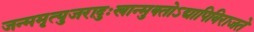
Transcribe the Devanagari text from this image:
जन्ममृत्युजरादुःखान्मुक्‍तोऽद्यापिविराजते